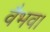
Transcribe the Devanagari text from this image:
वैभव।